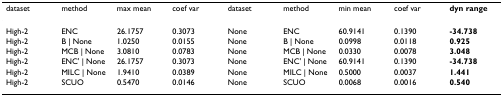
| dataset | method | max mean | coef var | dataset | method | min mean | coef var | dyn range |
 | --- | --- | --- | --- | --- | --- | --- | --- | --- |
 | High-2 | ENC | 26.1757 | 0.3073 | None | ENC | 60.9141 | 0.1390 | -34.738 |
 | High-2 | B | None | 1.0250 | 0.0155 | None | B | None | 0.0998 | 0.0118 | 0.925 |
 | High-2 | MCB | None | 3.0810 | 0.0783 | None | MCB | None | 0.0330 | 0.0078 | 3.048 |
 | High-2 | ENC' | None | 26.1757 | 0.3073 | None | ENC' | None | 60.9141 | 0.1390 | -34.738 |
 | High-2 | MILC | None | 1.9410 | 0.0389 | None | MILC | None | 0.5000 | 0.0037 | 1.441 |
 | High-2 | SCUO | 0.5470 | 0.0146 | None | SCUO | 0.0068 | 0.0016 | 0.540 |